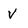
Character: v